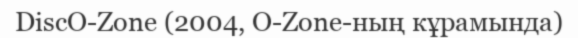
DiscO-Zone (2004, O-Zone-ның кұрамында)